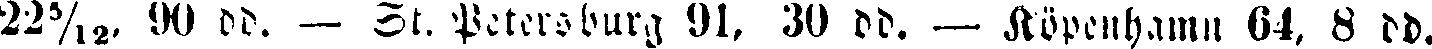
22⁵⁄₁₂, 90 dd. — St. Petersburg 91, 30 dd. — Köpenhamn 64, 8 dd.